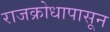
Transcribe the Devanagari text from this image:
राजक्रोधापासून